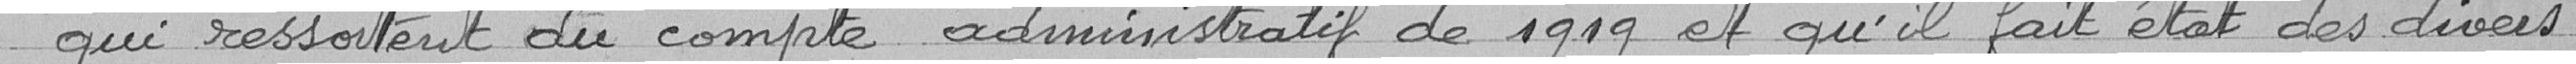
qui ressortent du compte de 1919 et qu'il fait état des divers